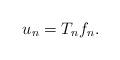
LaTeX: \begin{align*}u_n = T_n f_n.\end{align*}